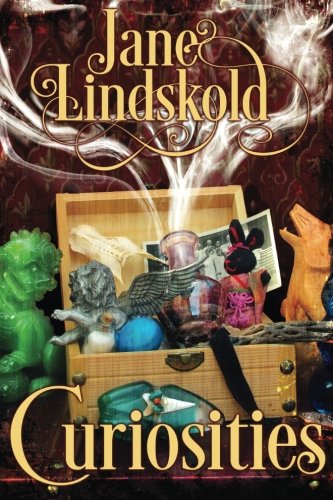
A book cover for Curiosities; Jane Lindskold; Science Fiction & Fantasy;